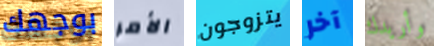
بوجهك الأمر يتزوجون آخر وأريدك